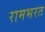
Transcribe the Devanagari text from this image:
रामभरत